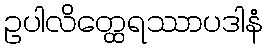
ဥပါလိတ္ထေရဿာပဒါနံ